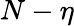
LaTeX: N-\eta